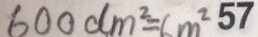
6 0 0 d m ^ { 2 } = 6 m ^ { 2 } 5 7